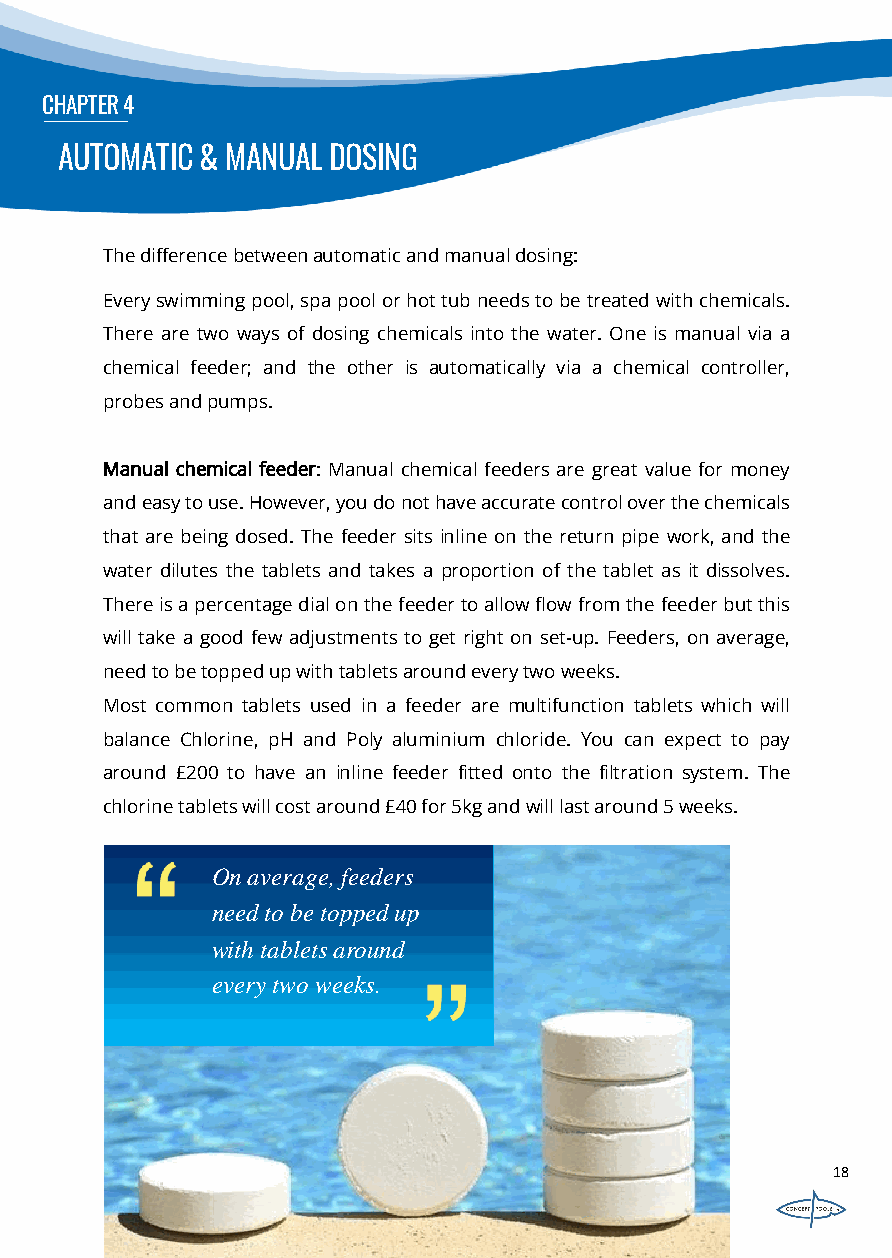
CHAPTER4
 AUTOMATIC& MANUAL DOSING
 Thedifferencebetweenautomaticandmanualdosing:
 Everyswimmingpool,spapoolorhottubneedstobetreatedwithchemicals.
 There are two ways of dosing chemicals into the water. One is manual via a
 chemical feeder; and the other is automatically via a chemical controller,
 probesandpumps.
 Manual chemical feeder: Manual chemical feeders are great value for money
 andeasytouse.However,youdonothaveaccuratecontroloverthechemicals
 that are being dosed. The feeder sits inline on the return pipe work, and the
 water dilutes the tablets and takes a proportion of the tablet as it dissolves.
 Thereisapercentagedialonthefeedertoallowflowfromthefeederbutthis
 will take a good few adjustments to get right on set-up. Feeders, on average,
 needtobetoppedupwithtabletsaroundeverytwoweeks.
 Most common tablets used in a feeder are multifunction tablets which will
 balance Chlorine, pH and Poly aluminium chloride. You can expect to pay
 around £200 to have an inline feeder fitted onto the filtration system. The
 chlorinetabletswillcostaround£40for5kgandwilllastaround5weeks.
 On average, feeders
 need to be topped up
 with tablets around
 every two weeks.
 18